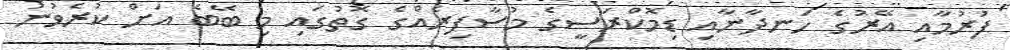
ފުރުމާއި އޭރުގެ ހަނދާނާއި ޑިމޮކްރަސީގެ މުސާފިރެއްގެ ގޮތުގައި މި ބޭބެ އަށް ކުރެވުނު